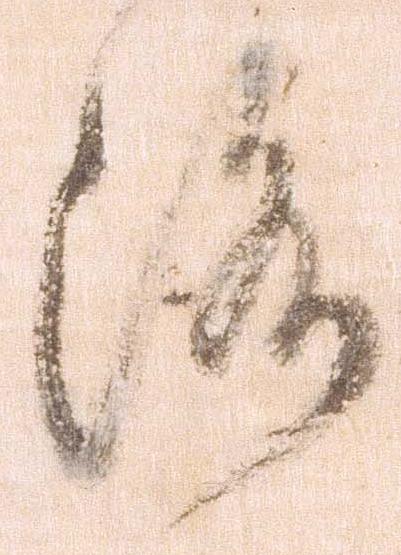
洛